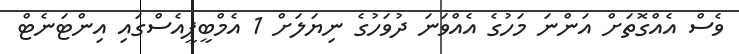
ވެސް އެއްގޮތަށް އަންނަ މަހުގެ އެއްވަނަ ދުވަހުގެ ނިޔަލަށް 1 އެމްބީޕީއެސްގައި އިންޓަނެޓް